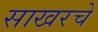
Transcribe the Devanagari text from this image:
साखरचे